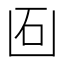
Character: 𠚈